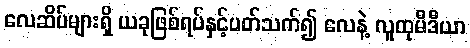
လေဆိပ်များရှိ ယခုဖြစ်ရပ်နှင့်ပတ်သက်၍ လေနဲ့ လူထုမီဒီယာ